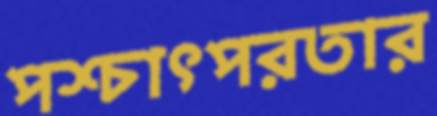
পশ্চাৎপরতার